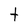
Character: t